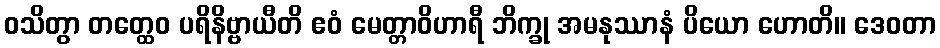
ဝသိတွာ တတ္ထေဝ ပရိနိဗ္ဗာယီတိ ဧဝံ မေတ္တာဝိဟာရီ ဘိက္ခု အမနုဿာနံ ပိယော ဟောတိ။ ဒေဝတာ